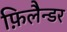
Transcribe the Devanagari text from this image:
फ़िलैन्डर